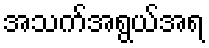
အသက်အရွယ်အရ